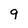
Character: 9